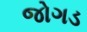
જોગડ